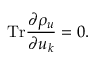
\mathrm { T r } \frac { \partial \rho _ { u } } { \partial u _ { k } } = 0 .